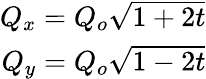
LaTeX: \begin{array}{r}{Q_{x}=Q_{o}\sqrt{1+2t}}\\ {Q_{y}=Q_{o}\sqrt{1-2t}}\end{array}